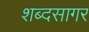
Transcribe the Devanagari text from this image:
शब्‍दसागर